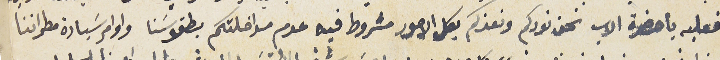
فعليه يا حضرة الاب نحن نودكم ونعزكم بكل الامور مشروط فيه عدم مداخلتكم بطقوسَنا واوامر سَيادة مطراننا